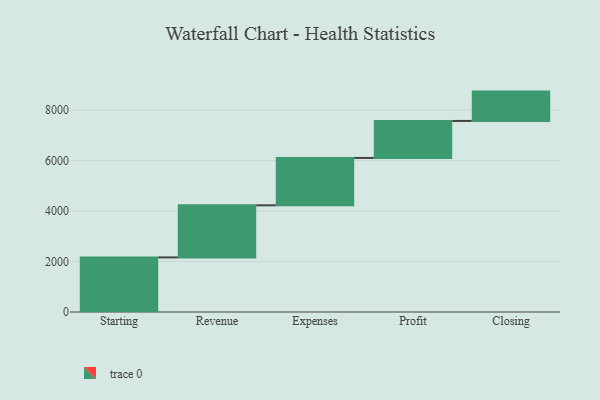
{"axis": {"x": "Step", "y": "Value"}, "legend": [""], "data": [{"x": "Starting", "y": 2164.0, "type": ""}, {"x": "Revenue", "y": 2063.0, "type": ""}, {"x": "Expenses", "y": 1877.0, "type": ""}, {"x": "Profit", "y": 1466.0, "type": ""}, {"x": "Closing", "y": 1163.0, "type": ""}]}